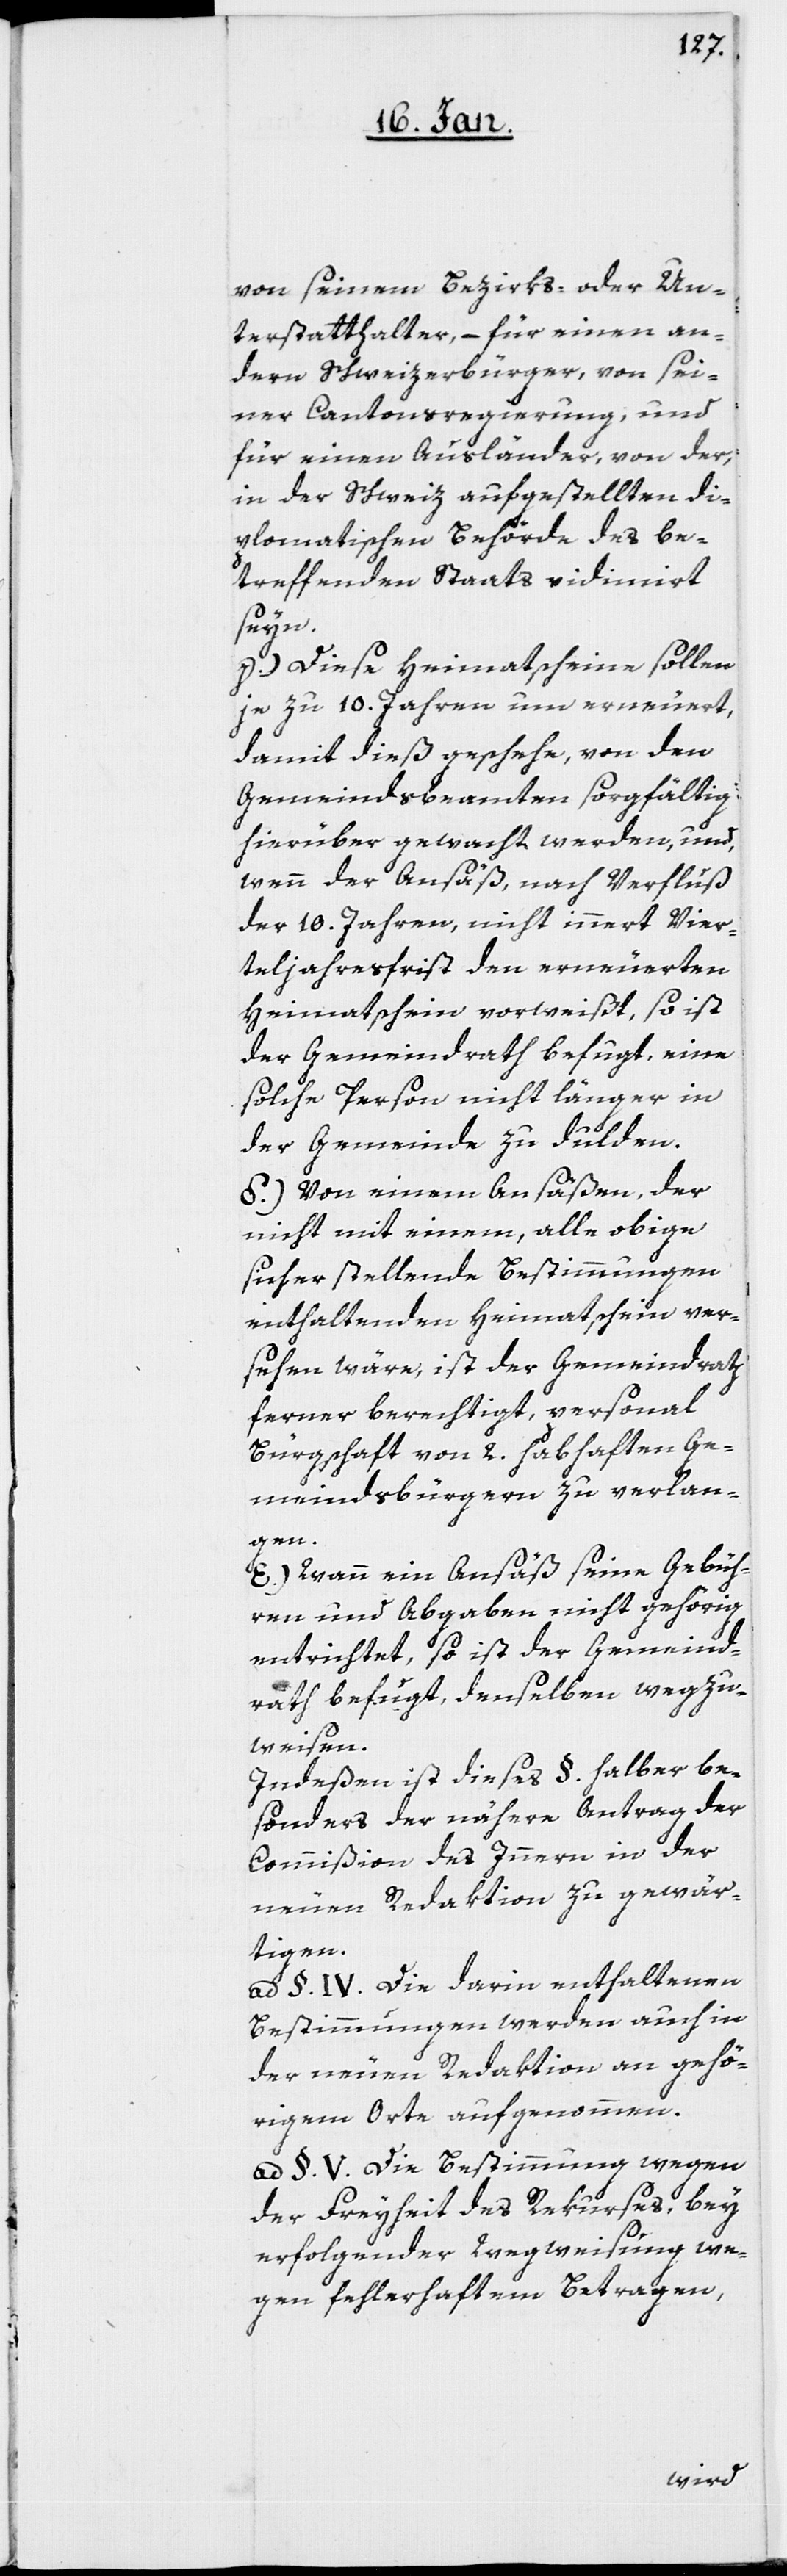
von seinem Bezirks- oder Un¬
terstatthalter, – für einen an¬
dern Schweizerbürger, von sei¬
ner Cantonsregierung, und
für einen Ausländer, von der,
in der Schweiz aufgestellten di¬
plomatischen Behörde des be¬
treffenden Staats vidimirt
sein.
c) Diese Heimathscheine sollen
je zu 10. Jahren um erneuert,
damit dieß geschehe, von den
Gemeindsbeamten sorgfältig
hierüber gewacht werden, und
wenn der Ansäß, nach Verfluß
der 10 Jahre nicht innert Vier¬
teljahresfrist den erneuerten
Heymathschein vorweist, so ist
der Gemeindrath befugt, eine
solche Person nicht länger in
der Gemeinde zu dulden.
d) Von einem Ansäßen, der
nicht mit einem, alle obige
sicherstellende Bestimmungen
enthaltenden Heimatschein ver¬
sehen wäre, ist der Gemeindrath
ferner berechtigt, personal
Bürgschaft von 2. habhaften Ge¬
meindsbürgern zu verlan¬
gen.
e.) Wann ein Ansäß seine Gebüh¬
ren und Abgaben nicht gehörig
entrichtet, so ist der Gemeind¬
rath befugt, denselben wegzu¬
weisen.
Indeßen ist dieses §. halber be¬
sonders der nähere Antrag der
Commißion des Innern in der
neuen Redaktion zu gewär¬
tigen.
ad §. IV.) Die darin enthaltenen
Bestimmungen werden auch in
der neuen Redaktion an gehö¬
rigem Orte aufgenommen.
ad §. V.) Die Bestimmung wegen
der Freyheit des Rekurses, bey
erfolgender Wegweisung we¬
gen fehlerhaftem Betragen,